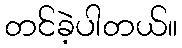
တင်ခဲ့ပါတယ်။